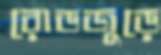
রোডজুড়ে